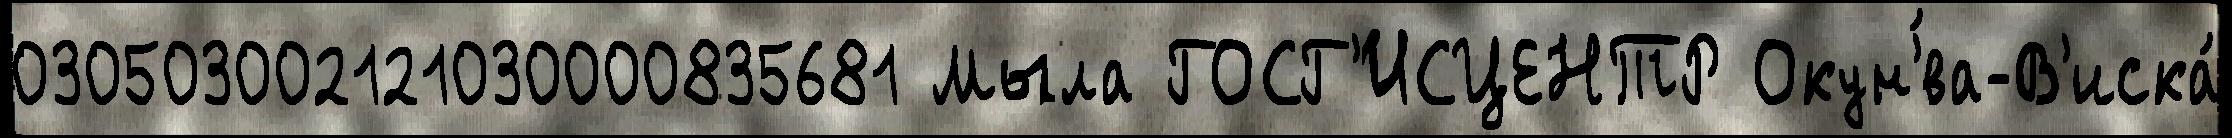
030503002121030000835681 Мыла ГОСГ'ИСЦЕНТР Окун'́ва-В'иска́